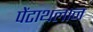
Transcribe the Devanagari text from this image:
पेंटाथलान